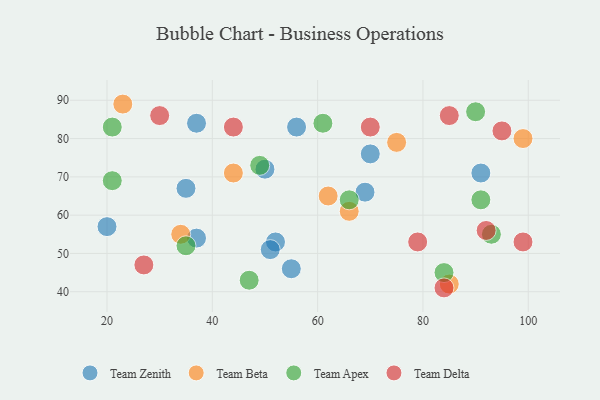
{"axis": {"x": "GDP", "y": "Life Expectancy"}, "legend": ["Team Apex", "Team Beta", "Team Delta", "Team Zenith"], "data": [{"x": "35", "y": 67, "type": "Team Zenith"}, {"x": "52", "y": 53, "type": "Team Zenith"}, {"x": "37", "y": 84, "type": "Team Zenith"}, {"x": "56", "y": 83, "type": "Team Zenith"}, {"x": "50", "y": 72, "type": "Team Zenith"}, {"x": "51", "y": 51, "type": "Team Zenith"}, {"x": "70", "y": 76, "type": "Team Zenith"}, {"x": "37", "y": 54, "type": "Team Zenith"}, {"x": "55", "y": 46, "type": "Team Zenith"}, {"x": "69", "y": 66, "type": "Team Zenith"}, {"x": "91", "y": 71, "type": "Team Zenith"}, {"x": "20", "y": 57, "type": "Team Zenith"}, {"x": "62", "y": 65, "type": "Team Beta"}, {"x": "34", "y": 55, "type": "Team Beta"}, {"x": "44", "y": 71, "type": "Team Beta"}, {"x": "23", "y": 89, "type": "Team Beta"}, {"x": "99", "y": 80, "type": "Team Beta"}, {"x": "85", "y": 42, "type": "Team Beta"}, {"x": "75", "y": 79, "type": "Team Beta"}, {"x": "66", "y": 61, "type": "Team Beta"}, {"x": "91", "y": 64, "type": "Team Apex"}, {"x": "90", "y": 87, "type": "Team Apex"}, {"x": "93", "y": 55, "type": "Team Apex"}, {"x": "21", "y": 69, "type": "Team Apex"}, {"x": "66", "y": 64, "type": "Team Apex"}, {"x": "35", "y": 52, "type": "Team Apex"}, {"x": "84", "y": 45, "type": "Team Apex"}, {"x": "47", "y": 43, "type": "Team Apex"}, {"x": "49", "y": 73, "type": "Team Apex"}, {"x": "21", "y": 83, "type": "Team Apex"}, {"x": "61", "y": 84, "type": "Team Apex"}, {"x": "92", "y": 56, "type": "Team Delta"}, {"x": "95", "y": 82, "type": "Team Delta"}, {"x": "85", "y": 86, "type": "Team Delta"}, {"x": "84", "y": 41, "type": "Team Delta"}, {"x": "27", "y": 47, "type": "Team Delta"}, {"x": "44", "y": 83, "type": "Team Delta"}, {"x": "99", "y": 53, "type": "Team Delta"}, {"x": "79", "y": 53, "type": "Team Delta"}, {"x": "70", "y": 83, "type": "Team Delta"}, {"x": "30", "y": 86, "type": "Team Delta"}]}